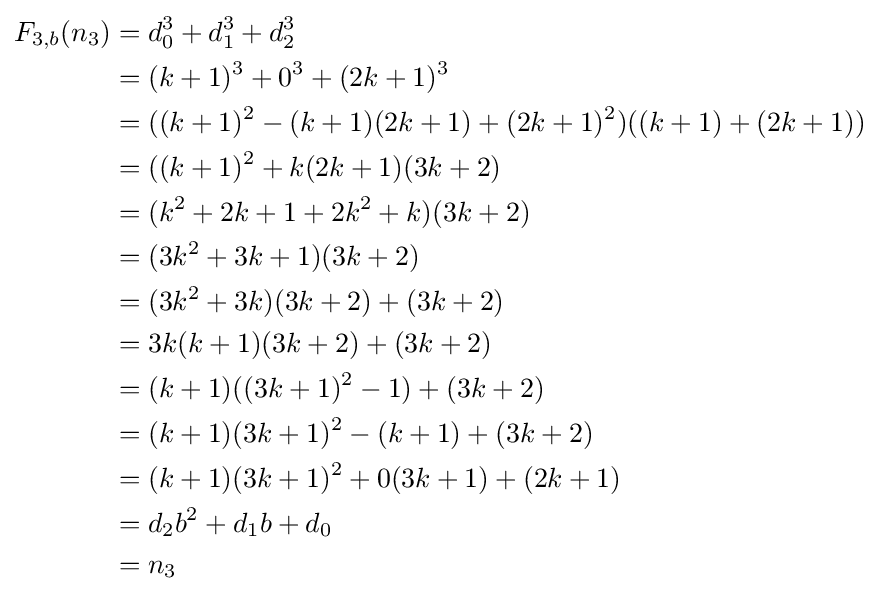
{\begin{aligned}F_{3,b}(n_{3})&=d_{0}^{3}+d_{1}^{3}+d_{2}^{3}\\&=(k+1)^{3}+0^{3}+(2k+1)^{3}\\&=((k+1)^{2}-(k+1)(2k+1)+(2k+1)^{2})((k+1)+(2k+1))\\&=((k+1)^{2}+k(2k+1)(3k+2)\\&=(k^{2}+2k+1+2k^{2}+k)(3k+2)\\&=(3k^{2}+3k+1)(3k+2)\\&=(3k^{2}+3k)(3k+2)+(3k+2)\\&=3k(k+1)(3k+2)+(3k+2)\\&=(k+1)((3k+1)^{2}-1)+(3k+2)\\&=(k+1)(3k+1)^{2}-(k+1)+(3k+2)\\&=(k+1)(3k+1)^{2}+0(3k+1)+(2k+1)\\&=d_{2}b^{2}+d_{1}b+d_{0}\\&=n_{3}\end{aligned}}